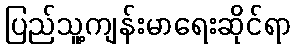
ပြည်သူ့ကျန်းမာရေးဆိုင်ရာ